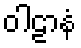
ဝါဠာနံ